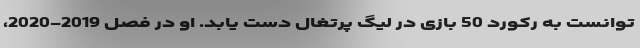
توانست به رکورد 50 بازی در لیگ پرتغال دست یابد. او در فصل 2019-2020،